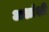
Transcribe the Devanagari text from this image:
अशांशी